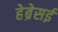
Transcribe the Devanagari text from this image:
हेब्रेसई